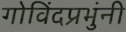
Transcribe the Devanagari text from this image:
गोविंदप्रभुंनी